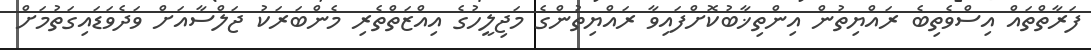
ފަރާތްތައް އިސްވެތިބެ ރައްޔިތުން އިންތިޚާބުކޮށްފައިވާ ރައްޔިތުންގެ މަޖިލީހުގެ އިއްޒަތްތެރި މެންބަރަކު ޖަލްސާއަށް ވަދެވަޑައިގަތުމަށް